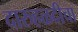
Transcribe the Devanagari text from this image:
दारुहळदीचा